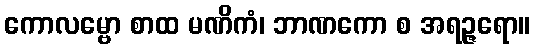
ကောလမ္ဗော စာထ မဏိကံ၊ ဘာဏကော စ အရဉ္ဇရော။